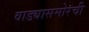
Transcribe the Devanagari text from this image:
वाड्यासमोरची